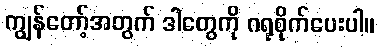
ကျွန်တော့်အတွက် ဒါတွေကို ဂရုစိုက်ပေးပါ။